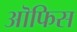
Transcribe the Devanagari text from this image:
ऒफिस